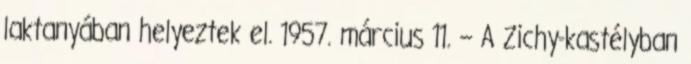
laktanyában helyeztek el. 1957. március 11. – A Zichy-kastélyban